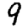
Digit: 9